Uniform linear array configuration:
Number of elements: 4
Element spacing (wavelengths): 0.5
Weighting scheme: binomial
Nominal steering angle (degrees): -15
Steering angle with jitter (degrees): -16.837
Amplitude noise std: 0.05
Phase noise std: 0.05

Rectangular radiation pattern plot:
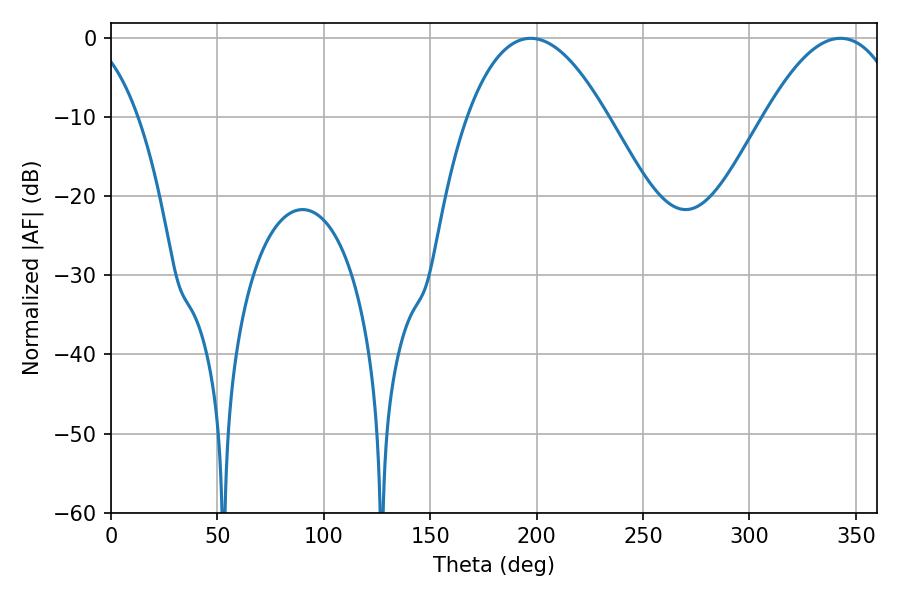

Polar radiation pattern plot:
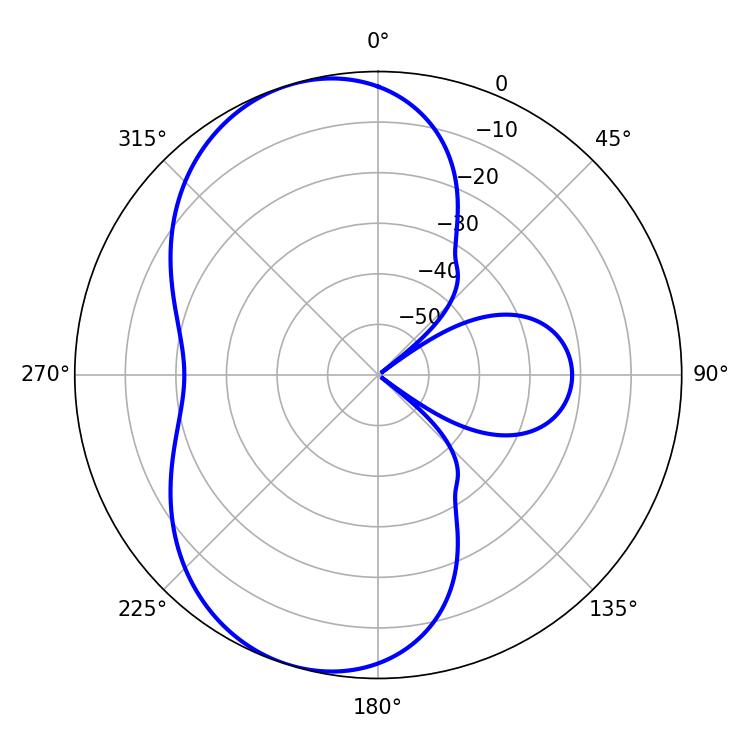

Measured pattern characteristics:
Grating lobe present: FALSE
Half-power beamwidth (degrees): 36.36
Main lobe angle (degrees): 197.28